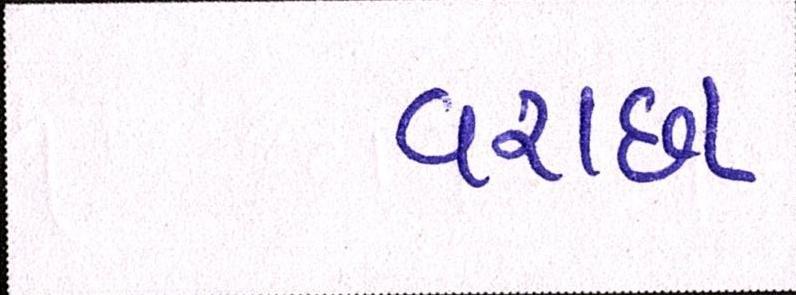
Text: વરાછા